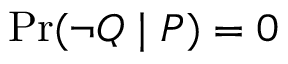
\operatorname* { P r } ( \lnot Q \mid P ) = 0